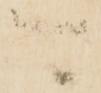
可